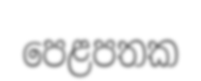
පෙළපතක